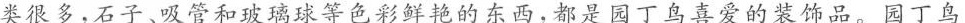
类很多，石子、吸管和玻璃球等色彩鲜艳的东西，都是园丁鸟喜爱的装饰品。园丁鸟